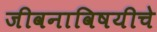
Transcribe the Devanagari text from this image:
जीवनाविषयीचे